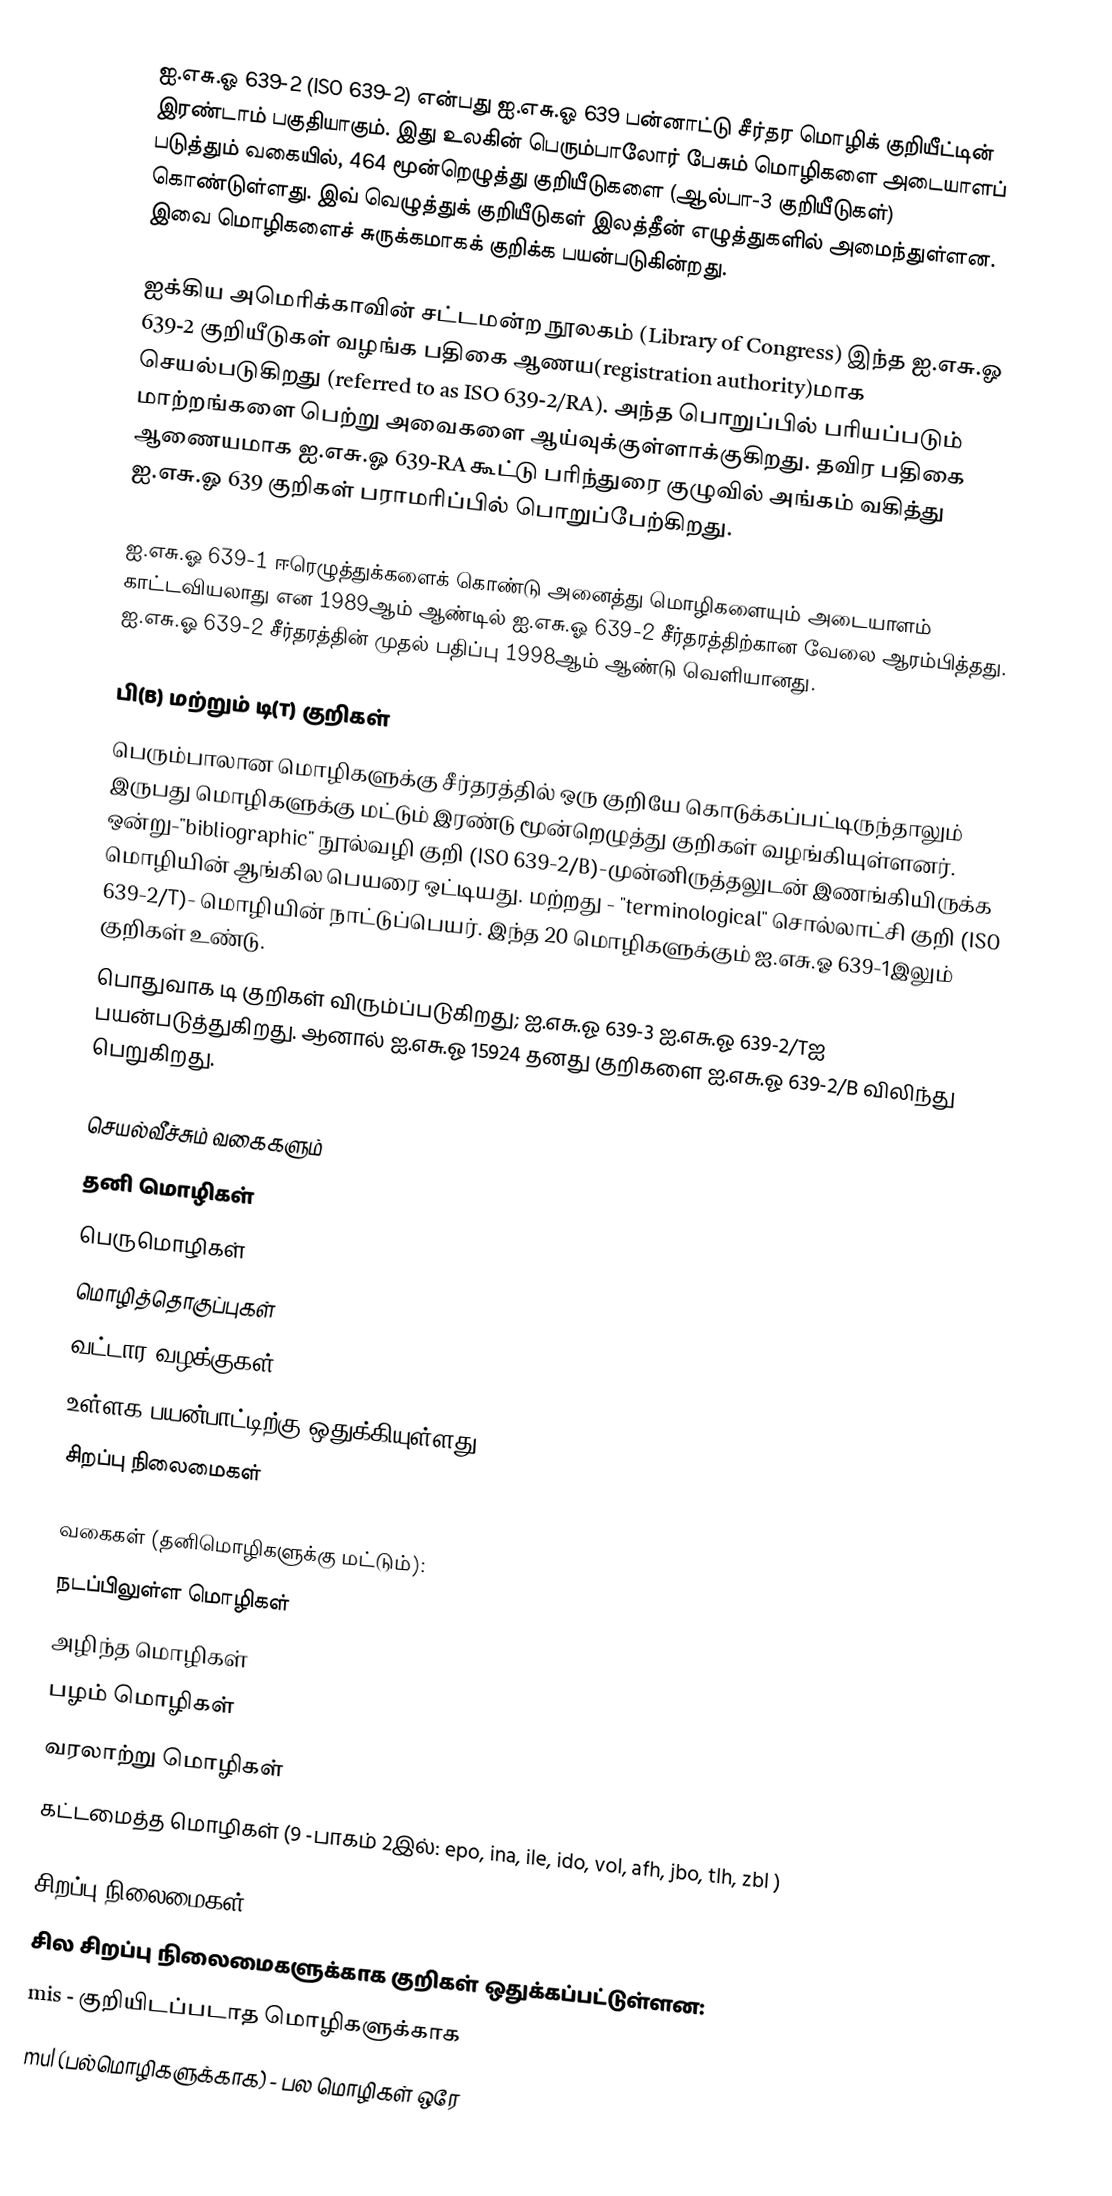
ஐ.எசு.ஓ 639-2 (ISO 639-2) என்பது ஐ.எசு.ஓ 639 பன்னாட்டு சீர்தர மொழிக் குறியீட்டின் இரண்டாம் பகுதியாகும். இது உலகின் பெரும்பாலோர் பேசும் மொழிகளை அடையாளப் படுத்தும் வகையில், 464 மூன்றெழுத்து குறியீடுகளை (ஆல்பா-3 குறியீடுகள்) கொண்டுள்ளது. இவ் வெழுத்துக் குறியீடுகள் இலத்தீன் எழுத்துகளில் அமைந்துள்ளன. இவை மொழிகளைச் சுருக்கமாகக் குறிக்க பயன்படுகின்றது.

ஐக்கிய அமெரிக்காவின் சட்டமன்ற நூலகம் (Library of Congress) இந்த ஐ.எசு.ஓ 639-2 குறியீடுகள் வழங்க பதிகை ஆணய(registration authority)மாக செயல்படுகிறது (referred to as ISO 639-2/RA). அந்த பொறுப்பில் பரியப்படும் மாற்றங்களை பெற்று அவைகளை ஆய்வுக்குள்ளாக்குகிறது. தவிர பதிகை ஆணையமாக ஐ.எசு.ஓ 639-RA கூட்டு பரிந்துரை குழுவில் அங்கம் வகித்து ஐ.எசு.ஓ 639 குறிகள் பராமரிப்பில் பொறுப்பேற்கிறது.

ஐ.எசு.ஓ 639-1 ஈரெழுத்துக்களைக் கொண்டு அனைத்து மொழிகளையும் அடையாளம் காட்டவியலாது என 1989ஆம் ஆண்டில் ஐ.எசு.ஓ 639-2 சீர்தரத்திற்கான வேலை ஆரம்பித்தது. ஐ.எசு.ஓ 639-2 சீர்தரத்தின் முதல் பதிப்பு 1998ஆம் ஆண்டு வெளியானது.

பி(B) மற்றும் டி(T) குறிகள்
பெரும்பாலான மொழிகளுக்கு சீர்தரத்தில் ஒரு குறியே கொடுக்கப்பட்டிருந்தாலும் இருபது மொழிகளுக்கு மட்டும் இரண்டு மூன்றெழுத்து குறிகள் வழங்கியுள்ளனர். ஒன்று-"bibliographic" நூல்வழி குறி (ISO 639-2/B)-முன்னிருத்தலுடன் இணங்கியிருக்க மொழியின் ஆங்கில பெயரை ஒட்டியது. மற்றது - "terminological" சொல்லாட்சி குறி (ISO 639-2/T)- மொழியின் நாட்டுப்பெயர். இந்த 20 மொழிகளுக்கும் ஐ.எசு.ஓ 639-1இலும் குறிகள் உண்டு.
பொதுவாக டி குறிகள் விரும்ப்படுகிறது; ஐ.எசு.ஓ 639-3 ஐ.எசு.ஓ 639-2/Tஐ பயன்படுத்துகிறது. ஆனால் ஐ.எசு.ஓ 15924 தனது குறிகளை ஐ.எசு.ஓ 639-2/B விலிந்து பெறுகிறது.

செயல்வீச்சும் வகைகளும்
 தனி மொழிகள்
 பெருமொழிகள்
 மொழித்தொகுப்புகள்
 வட்டார வழக்குகள்
 உள்ளக பயன்பாட்டிற்கு ஒதுக்கியுள்ளது
 சிறப்பு நிலைமைகள்

வகைகள் (தனிமொழிகளுக்கு மட்டும்):
 நடப்பிலுள்ள மொழிகள்
 அழிந்த மொழிகள்
 பழம் மொழிகள்
 வரலாற்று மொழிகள்
 கட்டமைத்த மொழிகள் (9 -பாகம் 2இல்: epo, ina, ile, ido, vol, afh, jbo, tlh, zbl )

சிறப்பு நிலைமைகள்
சில சிறப்பு நிலைமைகளுக்காக குறிகள் ஒதுக்கப்பட்டுள்ளன:
mis - குறியிடப்படாத மொழிகளுக்காக
mul (பல்மொழிகளுக்காக) - பல மொழிகள் ஒரே